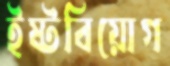
ইষ্টবিয়োগ